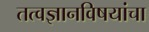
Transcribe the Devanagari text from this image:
तत्वज्ञानविषयांचा